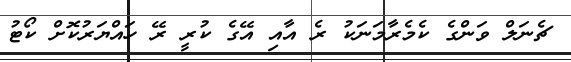
ޗެނަލް ވަންގެ ކެމެރާމަނަކު ރެ އާއި އޭގެ ކުރީ ރޭ ހައްޔަރުކޮށް ކޯޓު